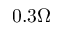
0 . 3 \Omega